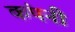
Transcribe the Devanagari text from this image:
कंपनी